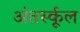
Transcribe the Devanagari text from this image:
अंतर्स्कूल